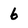
Character: 6